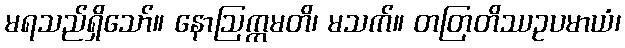
မရသည်ရှိသော်။ နောဩက္ကမတိ၊ မသက်။ တတြတိဿဥပမာယံ၊